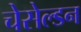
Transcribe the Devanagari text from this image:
चेसेल्डन